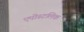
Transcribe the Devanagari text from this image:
एपोस्टलिक